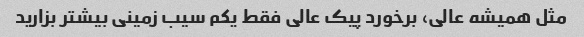
مثل همیشه عالی، برخورد پیک عالی فقط یکم سیب زمینی بیشتر بزارید